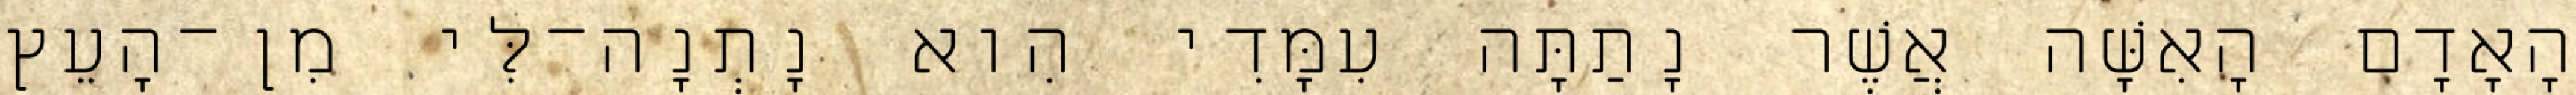
הָאָדָם הָאִשָּׁה אֲשֶׁר נָתַתָּה עִמָּדִי הִוא נָתְנָה־לִּי מִן־הָעֵץ